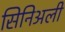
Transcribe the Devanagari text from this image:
सिनिअली